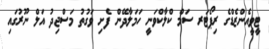
ޓީވީއެންޒެޑްގެ ރިޕޯޓަރ ސަމް ކްލާކްވަނީ ހަމަލާދޭން ފެށި ވަގުތު މަސްޖިދު އަލް ނޫރުގައި